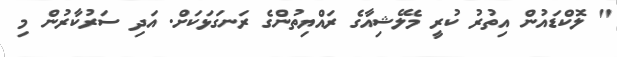
" ލޮކްޑައުން އިތުރު ކުރީ މެލޭޝިއާގެ ރައްޔިތުންގެ ރަނގަޅަކަށް. އަދި ސަރުކާރުން މި